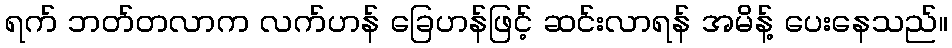
ရက် ဘတ်တလာက လက်ဟန် ခြေဟန်ဖြင့် ဆင်းလာရန် အမိန့် ပေးနေသည်။